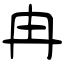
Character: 冉